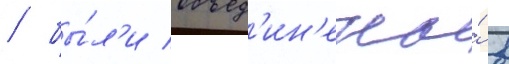
/ бы́л'и объед'ин'ены́ в